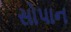
સોપાન